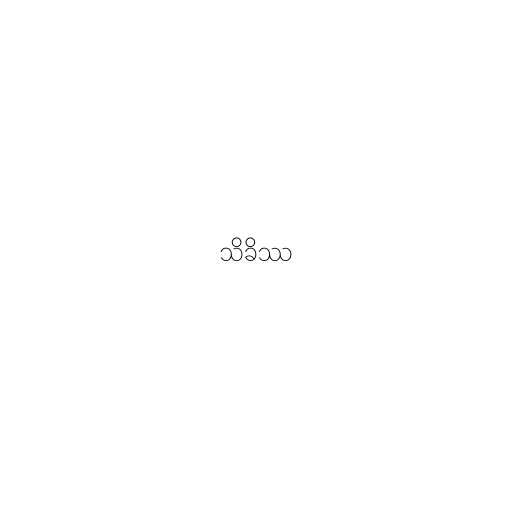
သိခိဿ